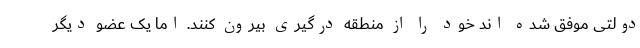
دولتی موفق شده اند خود را از منطقه درگیری بیرون کنند. اما یک عضو دیگر